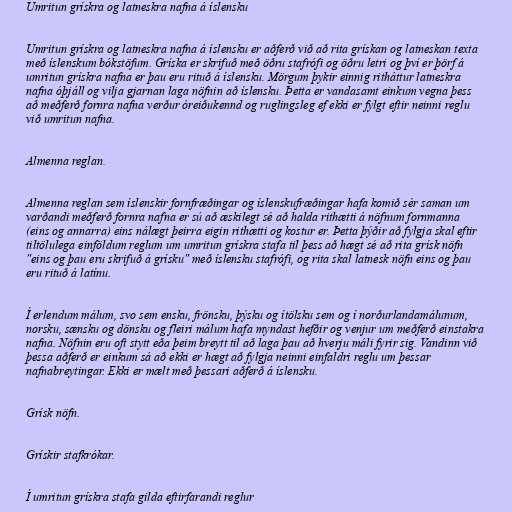
Umritun grískra og latneskra nafna á íslensku

Umritun grískra og latneskra nafna á íslensku er aðferð við að rita grískan og latneskan texta
með íslenskum bókstöfum. Gríska er skrifuð með öðru stafrófi og öðru letri og því er þörf á
umritun grískra nafna er þau eru rituð á íslensku. Mörgum þykir einnig ritháttur latneskra
nafna óþjáll og vilja gjarnan laga nöfnin að íslensku. Þetta er vandasamt einkum vegna þess
að meðferð fornra nafna verður óreiðukennd og ruglingsleg ef ekki er fylgt eftir neinni reglu
við umritun nafna.

Almenna reglan.

Almenna reglan sem íslenskir fornfræðingar og íslenskufræðingar hafa komið sér saman um
varðandi meðferð fornra nafna er sú að æskilegt sé að halda rithætti á nöfnum fornmanna
(eins og annarra) eins nálægt þeirra eigin rithætti og kostur er. Þetta þýðir að fylgja skal eftir
tiltölulega einföldum reglum um umritun grískra stafa til þess að hægt sé að rita grísk nöfn
"eins og þau eru skrifuð á grísku" með íslensku stafrófi, og rita skal latnesk nöfn eins og þau
eru rituð á latínu.

Í erlendum málum, svo sem ensku, frönsku, þýsku og ítölsku sem og í norðurlandamálunum,
norsku, sænsku og dönsku og fleiri málum hafa myndast hefðir og venjur um meðferð einstakra
nafna. Nöfnin eru oft stytt eða þeim breytt til að laga þau að hverju máli fyrir sig. Vandinn við
þessa aðferð er einkum sá að ekki er hægt að fylgja neinni einfaldri reglu um þessar
nafnabreytingar. Ekki er mælt með þessari aðferð á íslensku.

Grísk nöfn.

Grískir stafkrókar.

Í umritun grískra stafa gilda eftirfarandi reglur